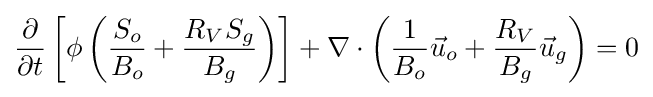
{\frac {\partial }{\partial t}}\left[\phi \left({\frac {S_{o}}{B_{o}}}+{\frac {R_{V}S_{g}}{B_{g}}}\right)\right]+\nabla \cdot \left({\frac {1}{B_{o}}}{\vec {u}}_{o}+{\frac {R_{V}}{B_{g}}}{\vec {u}}_{g}\right)=0